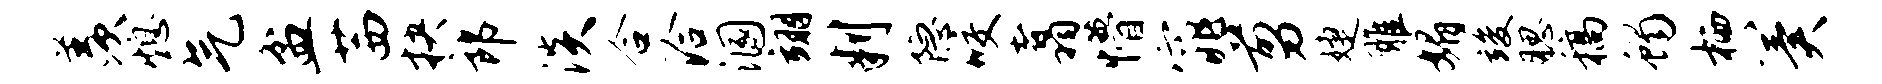
羡熄气盆茜抉郎淡合洽溷翊判隐咬翥懵窕剪婕雕媚竣腮稿蝎栖冀